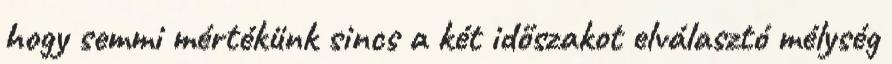
hogy semmi mértékünk sincs a két időszakot elválasztó mélység